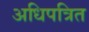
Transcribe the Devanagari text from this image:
अधिपत्रित